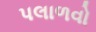
પલાળવો